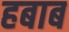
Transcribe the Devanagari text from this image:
हबाब